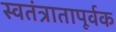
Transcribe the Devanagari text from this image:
स्वतंत्रातापूर्वक